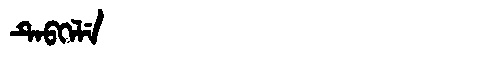
Manchu: ᡨᡝᠪᡴᡝᠯᡝ
Romanization: TEBKELE